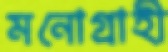
মনোগ্রাহী